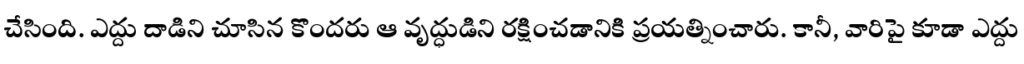
చేసింది. ఎద్దు దాడిని చూసిన కొందరు ఆ వృద్ధుడిని రక్షించడానికి ప్రయత్నించారు. కానీ, వారిపై కూడా ఎద్దు